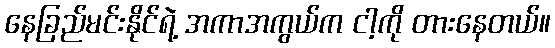
နေခြည်မင်းနိုင်ရဲ့ အကာအကွယ်က ငါ့ကို တားနေတယ်။